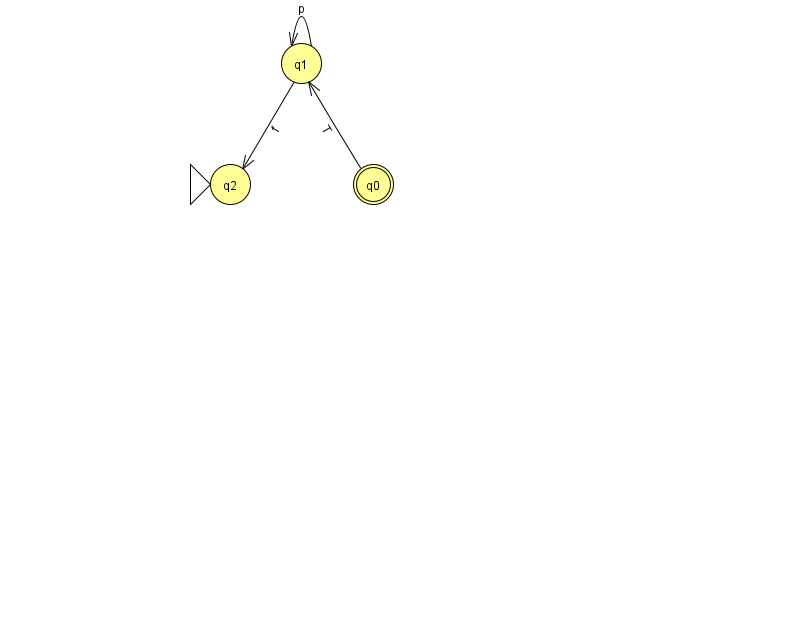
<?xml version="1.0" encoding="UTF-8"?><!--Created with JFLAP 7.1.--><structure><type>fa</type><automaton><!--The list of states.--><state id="0" name="q0"><x>373.0</x><y>171.0</y><final/></state><state id="1" name="q1"><x>301.0</x><y>50.0</y></state><state id="2" name="q2"><x>230.0</x><y>171.0</y><initial/></state><!--The list of transitions.--><transition><from>1</from><to>1</to><read>p</read></transition><transition><from>1</from><to>2</to><read>f</read></transition><transition><from>0</from><to>1</to><read>T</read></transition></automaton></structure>